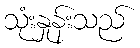
သုံးနှုန်းသည်